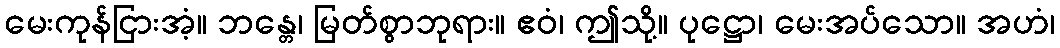
မေးကုန်ငြားအံ့။ ဘန္တေ၊ မြတ်စွာဘုရား။ ဧဝံ၊ ဤသို့။ ပုဋ္ဌော၊ မေးအပ်သော။ အဟံ၊